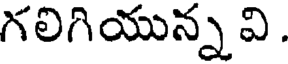
గలిగియున్న వి .